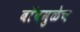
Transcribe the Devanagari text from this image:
बाँबमुळेच